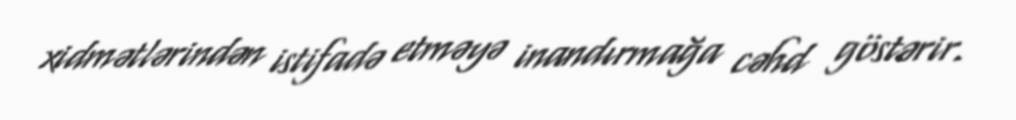
xidmətlərindən istifadə etməyə inandırmağa cəhd göstərir.